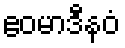
ဧဝမာဒီနဝံ